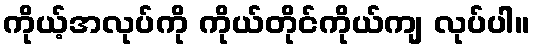
ကိုယ့်အလုပ်ကို ကိုယ်တိုင်ကိုယ်ကျ လုပ်ပါ။